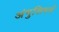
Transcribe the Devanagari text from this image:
अंगुलिपर्व